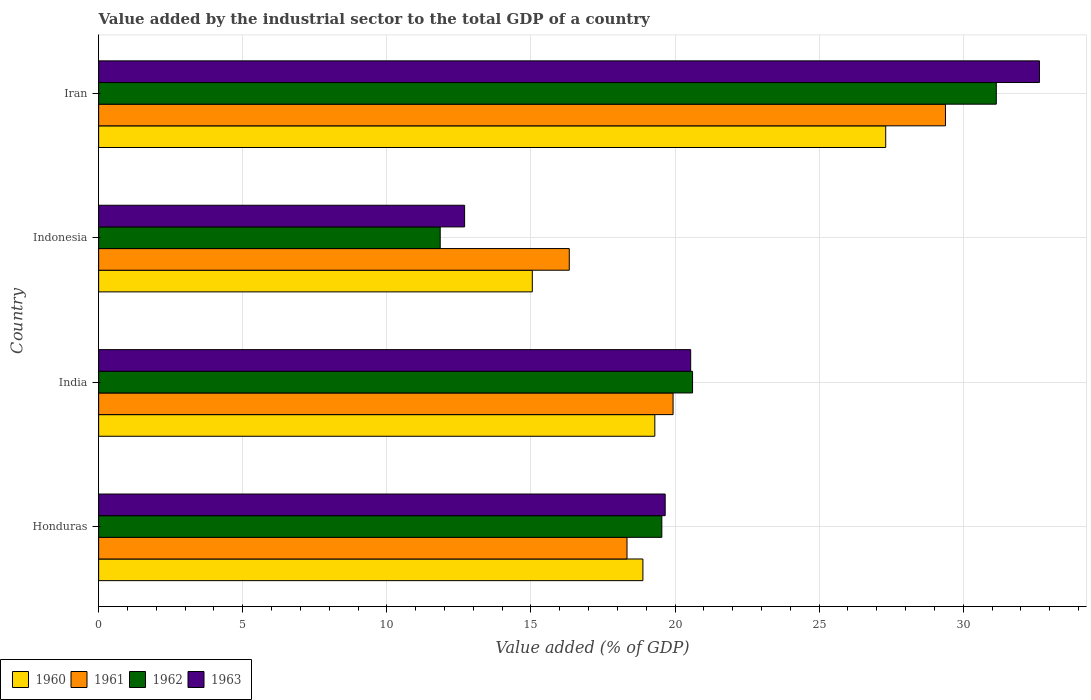
| Country | 1960 | 1961 | 1962 | 1963 |
 | --- | --- | --- | --- | --- |
 | Honduras | 18.9 | 18.3 | 19.5 | 19.7 |
 | India | 19.3 | 19.9 | 20.6 | 20.5 |
 | Indonesia | 15 | 16.3 | 11.9 | 12.7 |
 | Iran | 27.3 | 29.4 | 31.1 | 32.6 |